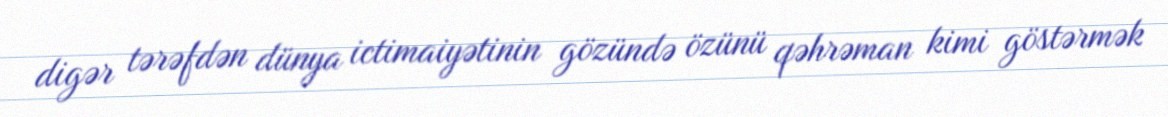
digər tərəfdən dünya ictimaiyətinin gözündə özünü qəhrəman kimi göstərmək